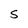
Character: S